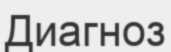
Диагноз